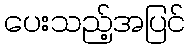
ပေးသည့်အပြင်